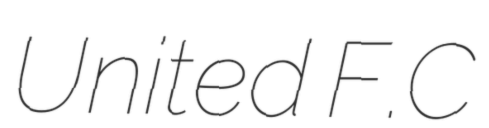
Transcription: United F.C